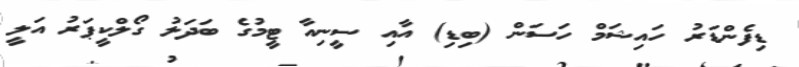
ޑިފެންޑަރު ހައިޝަމް ހަސަން (ބިޑި) އާއި ސީނިއާ ޓީމުގެ ބަދަލު ގޯލްކީޕަރު އަލީ